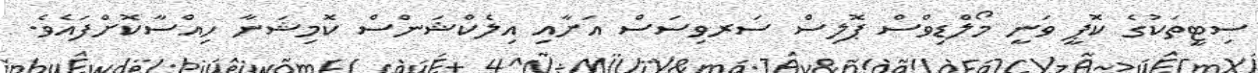
ސިޓީތަކުގެ ކޮޕީ ވަނީ މޯލްޑިވްސް ޕޮލިސް ސަރވިސަސް އަށާއި އިލެކްޝަންސް ކޮމިޝަނާ ހިއްސާކޮށްފައެވެ.